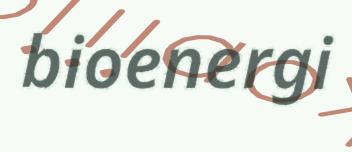
bioenergi